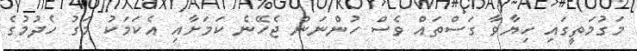
މަގުމަތީގައި ހިޔާވާ ގަސްތައް ވެސް ހުންނަން ޖެހޭނެ ކަމަށާއި އެކަމަކު މަގު ހެދުމުގެ